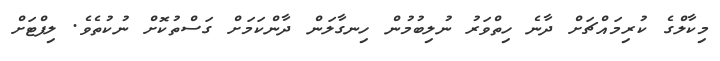
މިކާލްގެ ކުރިމައްޗަށް ދާނެ ހިތްވަރު ނުލިބުމުން ހިނގާލަން ދާންކަމަށް ގަސްތުކޮށް ނުކުތެވެ. ލިފްޓަށް